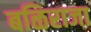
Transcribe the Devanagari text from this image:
बळिराजा